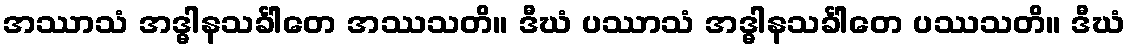
အဿာသံ အဒ္ဓါနသင်္ခါတေ အဿသတိ။ ဒီဃံ ပဿာသံ အဒ္ဓါနသင်္ခါတေ ပဿသတိ။ ဒီဃံ